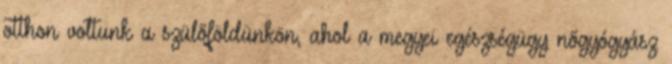
otthon voltunk a szülõföldünkön, ahol a megyei egészségügy nõgyógyász